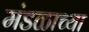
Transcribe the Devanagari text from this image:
मंडळाच्‍या